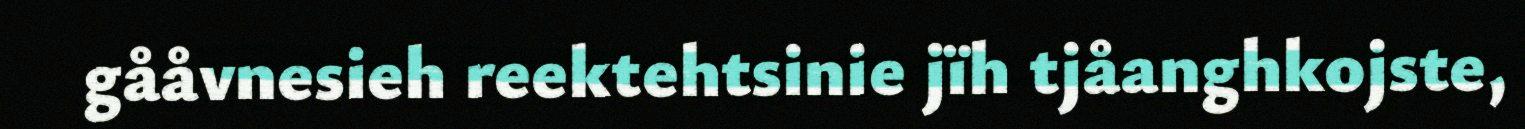
gååvnesieh reektehtsinie jïh tjåanghkojste,